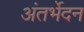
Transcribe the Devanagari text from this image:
अंतर्भेदन